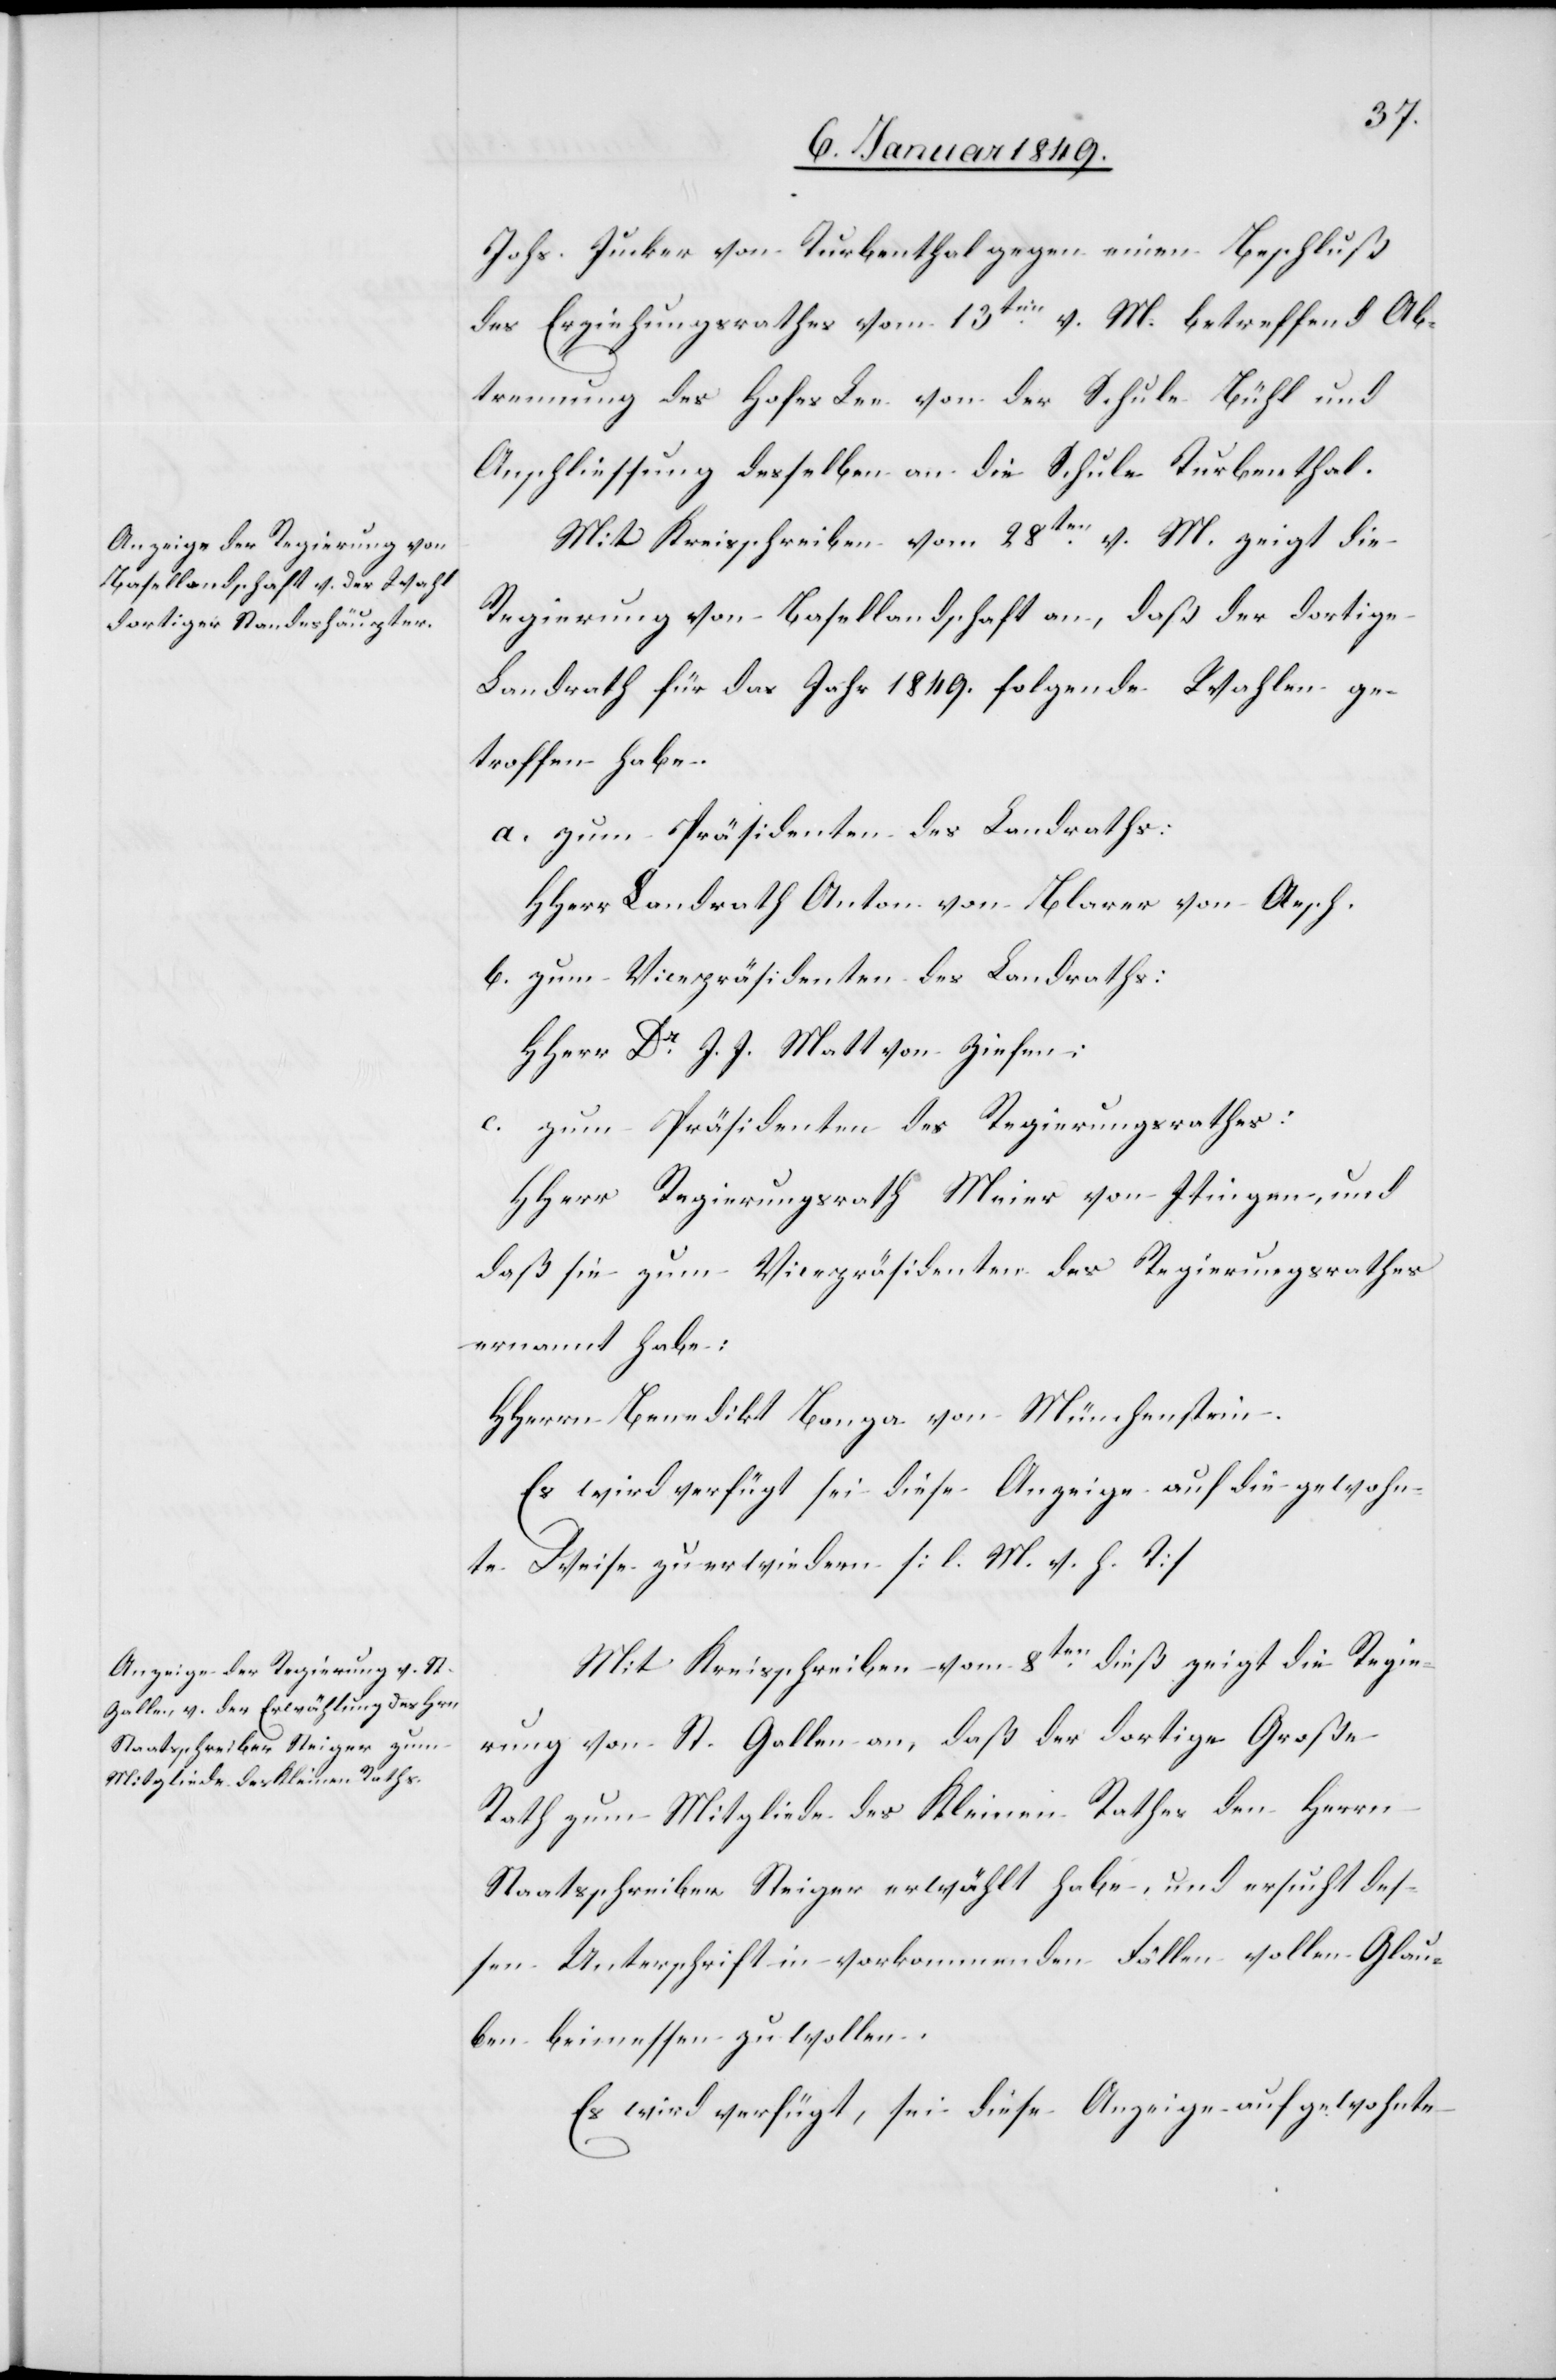
11. Januar 1849.]
des Erziehungsrathes vom 13ten. v. M. betreffend Ab¬
trennung des Hofes Lee von der Schule Bühl und
Anschliessung desselben an die Schule Turbenthal.
Mit Kreisschreiben vom 28ten. v. M. zeigt die
Regierung von Basellandschaft an, daß der dortige
Landrath für das Jahr 1849. folgende Wahlen ge¬
trofen habe.
a. zum Präsidenten des Landraths:
HHerr Landrath Anton von Blarer von Aesch.
b. zum Viceprdaßsidenten des Landraths:
HHerr Dr. J. J. Matt von Ziefen:
c. zum Präsidenten des Regierungsrathes:
HHerr Regierungsrath Meier von Itingen, und
daß sie zum Vicepräsidenten des Regierungsrathes
ernannt habe:
HHerrn Benedikt Banga von Münchenstein.
Es wird verfügt sei diese Anzeige auf die gewohn¬
te Weise zu erwiedern [l. M. v. h. T]
Mit Kreisschreiben vom 8ten. dieß zeigt die Regie¬
rung von St. Gallen an, daß der dortige Große
Rath zum Mitgliede des Kleinen Rathes den Herrn
Staatsschreiber Steiger erwählt habe, und ersucht des¬
sen Unterschrift in vorkommenden Fällen wollen Glau¬
ben beimessen zu wollen.
Es wird verfügt, sei diese Anzeige auf gewohnte